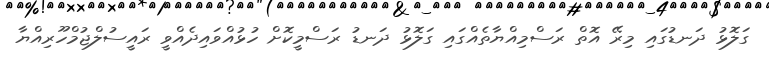
ގަލޮޅު ދަނޑުގައި މިރޭ އޮތް ރަސްމިއްޔާތެއްގަައި ގަލޮޅު ދަނޑު ރަސްމީކޮށް ހުޅުއްވައިދެއްވީ ރައީސުލްޖުމްހޫރިއްޔާ